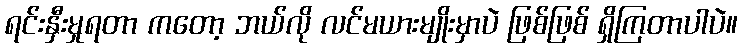
ရင်းနှီးမှုရတာ ကတော့ ဘယ်လို လင်မယားမျိုးမှာပဲ ဖြစ်ဖြစ် ရှိကြတာပါပဲ။